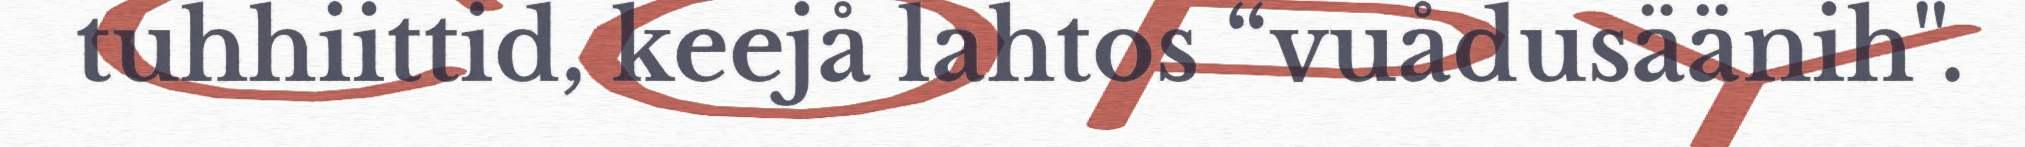
tuhhiittid, keejå lahtos “vuådusäänih".